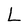
Character: L